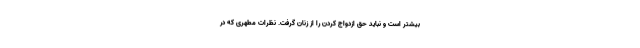
بیشتر است و نباید حق ازدواج کردن را از زنان گرفت. نظرات مطهری که در